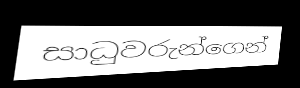
සාධුවරුන්ගෙන්